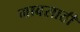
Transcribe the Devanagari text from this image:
गावसाठी